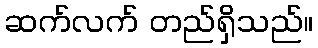
ဆက်လက် တည်ရှိသည်။